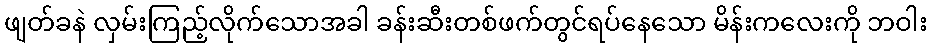
ဖျတ်ခနဲ လှမ်းကြည့်လိုက်သောအခါ ခန်းဆီးတစ်ဖက်တွင်ရပ်နေသော မိန်းကလေးကို ဘဝါး